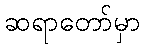
ဆရာတော်မှာ